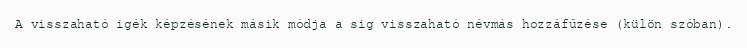
A visszaható igék képzésének másik módja a sig visszaható névmás hozzáfűzése (külön szóban).